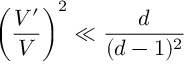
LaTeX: \left( \frac { V ^ { \prime } } { V } \right) ^ { 2 } \ll \frac { d } { ( d - 1 ) ^ { 2 } }